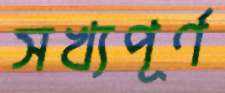
সখ্যপূর্ণ